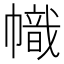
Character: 幟